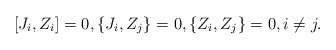
\begin{align*}[J_i,Z_i]=0,\{J_i, Z_j\}=0,\{Z_i,Z_j\}=0,i\neq j.\end{align*}